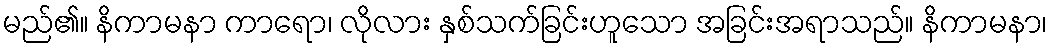
မည်၏။ နိကာမနာ ကာရော၊ လိုလား နှစ်သက်ခြင်းဟူသော အခြင်းအရာသည်။ နိကာမနာ၊